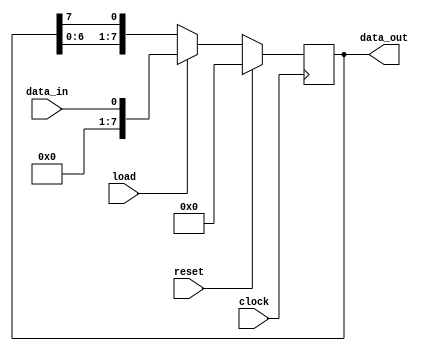
module shift_register #(
    parameter NUM_BITS = 8, // Number of bits in the shift register
    parameter DIRECTION = 0  // 0 for left shift, 1 for right shift
) (
    input wire clock,          // Clock input for shifting the data
    input wire load,           // Control signal for loading data into the shift register
    input wire reset,          // Control signal for resetting the shift register
    input wire data_in,        // Input for the data to be shifted in
    output reg [NUM_BITS-1:0] data_out // Output for the shifted data
);

reg [NUM_BITS-1:0] shift_reg; // Internal shift register

always @ (posedge clock) begin
    if (reset) begin
        shift_reg <= 0; // Reset shift register to initial state
    end else if (load) begin
        shift_reg <= data_in; // Load data into shift register
    end else begin
        if(DIRECTION == 0) begin // Left shift
            shift_reg <= {shift_reg[NUM_BITS-2:0], shift_reg[NUM_BITS-1]};
        end else begin // Right shift
            shift_reg <= {shift_reg[NUM_BITS-1], shift_reg[NUM_BITS-1:1]};
        end
    end
end

assign data_out = shift_reg;

endmodule